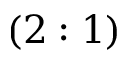
( 2 : 1 )